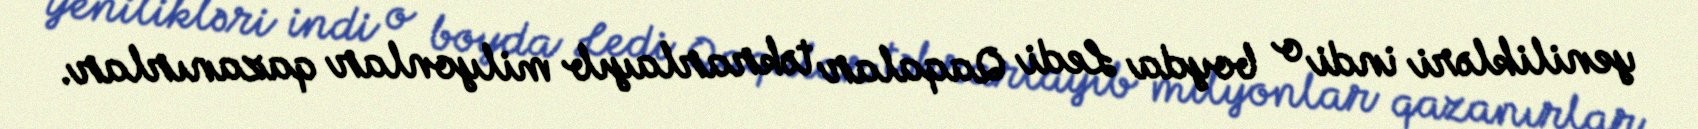
yenilikləri indi o boyda Ledi Qaqalar təkrarlayıb milyonlar qazanırlar.